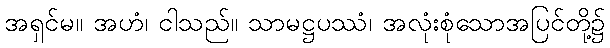
အရှင်မ။ အဟံ၊ ငါသည်။ သာမဋ္ဌပဿံ၊ အလုံးစုံသောအပြင်တို့၌